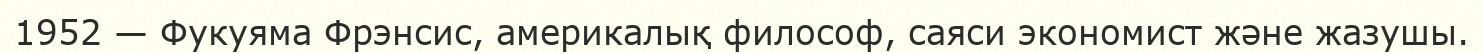
1952 — Фукуяма Фрэнсис, америкалық философ, саяси экономист және жазушы.